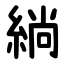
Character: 緔